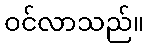
ဝင်လာသည်။